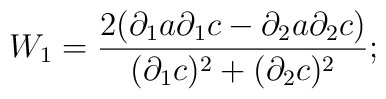
W_{1}=\frac{ 2 ({\partial}_{1} a \partial_{1} c-\partial_{2} a \partial_{2} c)}{({\partial}_{1} c)^{2}+({\partial}_{2} c)^{2}};